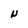
Character: N